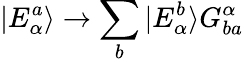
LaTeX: |E_{\alpha}^{a}\rangle\rightarrow\sum_{b}|E_{\alpha}^{b}\rangle G_{ba}^{\alpha}